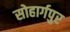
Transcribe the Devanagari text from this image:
सोहार्गपुर